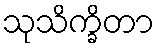
သုသိက္ခိတာ